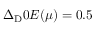
\Delta _ { \mathrm Ḋ } 0 Ḍ E ( \mu ) = 0 . 5